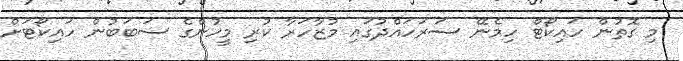
މި ގޮތުން ހައިކޯޓް ހިމެނޭ ސަރަހައްދުގައި މުޒާހަރާ ކުރި މީހުންގެ ސަބަބުން ހައިކޯޓަށް